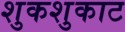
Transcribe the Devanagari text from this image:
शुकशुकाट